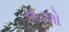
પાડશો